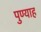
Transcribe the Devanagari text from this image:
पुण्याह